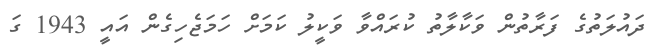
ދައުލަތުގެ ފަރާތުން ވަކާލާތު ކުރައްވާ ވަކީލު ކަމަށް ހަމަޖެހިގެން އައީ 1943 ގަ